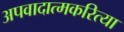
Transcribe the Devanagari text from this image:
अपवादात्मकरित्या